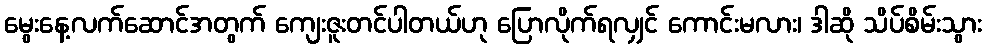
မွေးနေ့လက်ဆောင်အတွက် ကျေးဇူးတင်ပါတယ်ဟု ပြောလိုက်ရလျှင် ကောင်းမလား၊ ဒါဆို သိပ်စိမ်းသွား